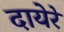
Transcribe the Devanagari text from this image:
दायेरे